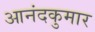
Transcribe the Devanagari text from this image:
आनंदकुमार